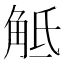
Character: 觝